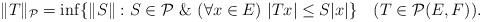
LaTeX: \begin{align*} \|T\|_{{\cal P}}= \inf\{\|S\|: S\in{\cal P}\ \&\ (\forall x\in E)\ |Tx|\le S|x|\} \ \ \ (T\in{\cal P}(E,F)).\end{align*}